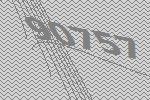
90757